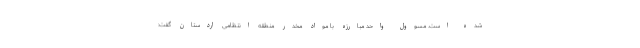
شده است. مسوول واحد مبارزه با مواد مخدر منطقه انتظامی اردستان گفت: